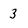
Character: 3